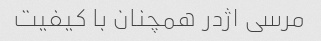
مرسی اژدر همچنان با کیفیت